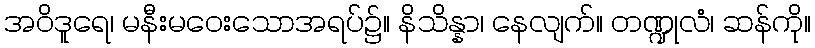
အဝိဒူရေ၊ မနီးမဝေးသောအရပ်၌။ နိသိန္နာ၊ နေလျက်။ တဏ္ဍုလံ၊ ဆန်ကို။